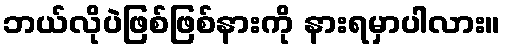
ဘယ်လိုပဲဖြစ်ဖြစ်နားကို နားရမှာပါလား။